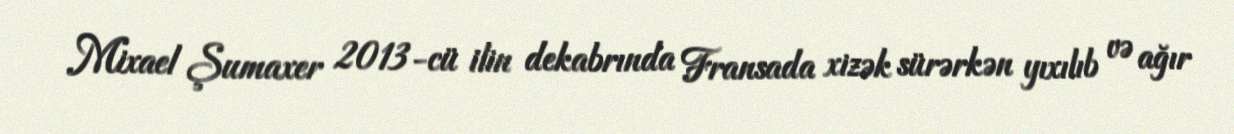
Mixael Şumaxer 2013-cü ilin dekabrında Fransada xizək sürərkən yıxılıb və ağır